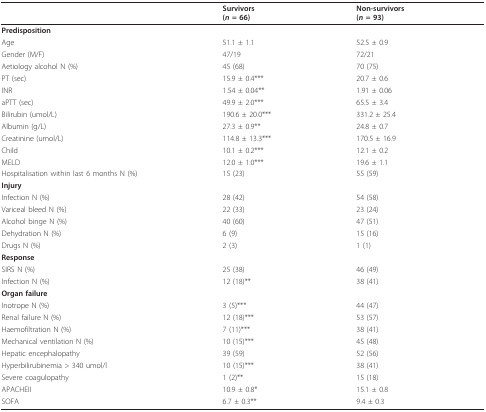
<table><thead><tr><td></td><td><b>Survivors(<i>n </i>= 66)</b></td><td><b>Non-survivors(<i>n </i>= 93)</b></td></tr></thead><tbody><tr><td><b>Predisposition</b></td><td></td><td></td></tr><tr><td>Age</td><td>51.1 ± 1.1</td><td>52.5 ± 0.9</td></tr><tr><td>Gender (M/F)</td><td>47/19</td><td>72/21</td></tr><tr><td>Aetiology alcohol N (%)</td><td>45 (68)</td><td>70 (75)</td></tr><tr><td>PT (sec)</td><td>15.9 ± 0.4***</td><td>20.7 ± 0.6</td></tr><tr><td>INR</td><td>1.54 ± 0.04**</td><td>1.91 ± 0.06</td></tr><tr><td>aPTT (sec)</td><td>49.9 ± 2.0***</td><td>65.5 ± 3.4</td></tr><tr><td>Bilirubin (umol/L)</td><td>190.6 ± 20.0***</td><td>331.2 ± 25.4</td></tr><tr><td>Albumin (g/L)</td><td>27.3 ± 0.9**</td><td>24.8 ± 0.7</td></tr><tr><td>Creatinine (umol/L)</td><td>114.8 ± 13.3***</td><td>170.5 ± 16.9</td></tr><tr><td>Child</td><td>10.1 ± 0.2***</td><td>12.1 ± 0.2</td></tr><tr><td>MELD</td><td>12.0 ± 1.0***</td><td>19.6 ± 1.1</td></tr><tr><td>Hospitalisation within last 6 months N (%)</td><td>15 (23)</td><td>55 (59)</td></tr><tr><td><b>Injury</b></td><td></td><td></td></tr><tr><td>Infection N (%)</td><td>28 (42)</td><td>54 (58)</td></tr><tr><td>Variceal bleed N (%)</td><td>22 (33)</td><td>23 (24)</td></tr><tr><td>Alcohol binge N (%)</td><td>40 (60)</td><td>47 (51)</td></tr><tr><td>Dehydration N (%)</td><td>6 (9)</td><td>15 (16)</td></tr><tr><td>Drugs N (%)</td><td>2 (3)</td><td>1 (1)</td></tr><tr><td><b>Response</b></td><td></td><td></td></tr><tr><td>SIRS N (%)</td><td>25 (38)</td><td>46 (49)</td></tr><tr><td>Infection N (%)</td><td>12 (18)**</td><td>38 (41)</td></tr><tr><td><b>Organ failure</b></td><td></td><td></td></tr><tr><td>Inotrope N (%)</td><td>3 (5)***</td><td>44 (47)</td></tr><tr><td>Renal failure N (%)</td><td>12 (18)***</td><td>53 (57)</td></tr><tr><td>Haemofiltration N (%)</td><td>7 (11)***</td><td>38 (41)</td></tr><tr><td>Mechanical ventilation N (%)</td><td>10 (15)***</td><td>45 (48)</td></tr><tr><td>Hepatic encephalopathy</td><td>39 (59)</td><td>52 (56)</td></tr><tr><td>Hyperbilirubinemia &gt; 340 umol/l</td><td>10 (15)***</td><td>38 (41)</td></tr><tr><td>Severe coagulopathy</td><td>1 (2)**</td><td>15 (18)</td></tr><tr><td>APACHEII</td><td>10.9 ± 0.8*</td><td>15.1 ± 0.8</td></tr><tr><td>SOFA</td><td>6.7 ± 0.3**</td><td>9.4 ± 0.3</td></tr></tbody></table>